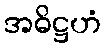
အဓိဋ္ဌဟံ